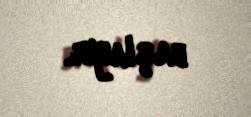
başlayır.